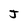
Character: J